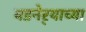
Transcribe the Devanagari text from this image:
बडनेर्‍याच्या